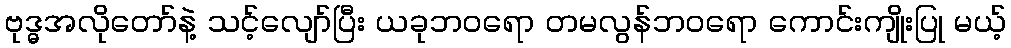
ဗုဒ္ဓအလိုတော်နဲ့ သင့်လျော်ပြီး ယခုဘဝရော တမလွန်ဘဝရော ကောင်းကျိုးပြု မယ့်